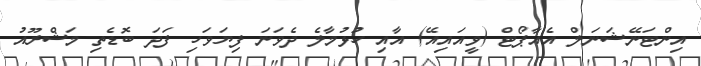
އިންޓަނޭޝަނަލް އެއާޕޯޓް (ވީއައިއޭ) އާއި ހުޅުމާލެ ދެވަނަ ފިޔަވަހި ފަދަ ބޮޑެތި މަޝްރޫއު